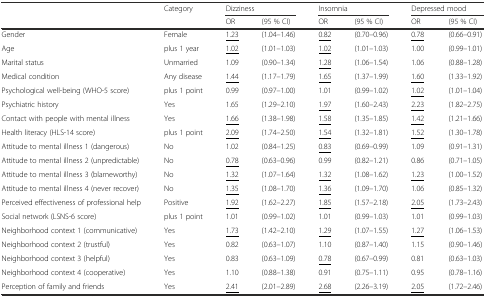
<table><thead><tr><td></td><td><b>Category</b></td><td colspan="2"><b>Dizziness</b></td><td colspan="2"><b>Insomnia</b></td><td colspan="2"><b>Depressed mood</b></td></tr><tr><td></td><td></td><td><b>OR</b></td><td><b>(95 % CI)</b></td><td><b>OR</b></td><td><b>(95 % CI)</b></td><td><b>OR</b></td><td><b>(95 % CI)</b></td></tr></thead><tbody><tr><td>Gender</td><td>Female</td><td><underline>1.23</underline></td><td>(1.04–1.46)</td><td><underline>0.82</underline></td><td>(0.70–0.96)</td><td><underline>0.78</underline></td><td>(0.66–0.91)</td></tr><tr><td>Age</td><td>plus 1 year</td><td><underline>1.02</underline></td><td>(1.01–1.03)</td><td><underline>1.02</underline></td><td>(1.01–1.03)</td><td>1.00</td><td>(0.99–1.01)</td></tr><tr><td>Marital status</td><td>Unmarried</td><td>1.09</td><td>(0.90–1.34)</td><td><underline>1.28</underline></td><td>(1.06–1.54)</td><td>1.06</td><td>(0.88–1.28)</td></tr><tr><td>Medical condition</td><td>Any disease</td><td><underline>1.44</underline></td><td>(1.17–1.79)</td><td><underline>1.65</underline></td><td>(1.37–1.99)</td><td><underline>1.60</underline></td><td>(1.33–1.92)</td></tr><tr><td>Psychological well-being (WHO-5 score)</td><td>plus 1 point</td><td>0.99</td><td>(0.97–1.00)</td><td>1.01</td><td>(0.99–1.02)</td><td><underline>1.02</underline></td><td>(1.01–1.04)</td></tr><tr><td>Psychiatric history</td><td>Yes</td><td>1.65</td><td>(1.29–2.10)</td><td><underline>1.97</underline></td><td>(1.60–2.43)</td><td><underline>2.23</underline></td><td>(1.82–2.75)</td></tr><tr><td>Contact with people with mental illness</td><td>Yes</td><td><underline>1.66</underline></td><td>(1.38–1.98)</td><td><underline>1.58</underline></td><td>(1.35–1.85)</td><td><underline>1.42</underline></td><td>(1.21–1.66)</td></tr><tr><td>Health literacy (HLS-14 score)</td><td>plus 1 point</td><td><underline>2.09</underline></td><td>(1.74–2.50)</td><td><underline>1.54</underline></td><td>(1.32–1.81)</td><td><underline>1.52</underline></td><td>(1.30–1.78)</td></tr><tr><td>Attitude to mental illness 1 (dangerous)</td><td>No</td><td>1.02</td><td>(0.84–1.25)</td><td><underline>0.83</underline></td><td>(0.69–0.99)</td><td>1.09</td><td>(0.91–1.31)</td></tr><tr><td>Attitude to mental illness 2 (unpredictable)</td><td>No</td><td><underline>0.78</underline></td><td>(0.63–0.96)</td><td>0.99</td><td>(0.82–1.21)</td><td>0.86</td><td>(0.71–1.05)</td></tr><tr><td>Attitude to mental illness 3 (blameworthy)</td><td>No</td><td><underline>1.32</underline></td><td>(1.07–1.64)</td><td><underline>1.32</underline></td><td>(1.08–1.62)</td><td><underline>1.23</underline></td><td>(1.00–1.52)</td></tr><tr><td>Attitude to mental illness 4 (never recover)</td><td>No</td><td><underline>1.35</underline></td><td>(1.08–1.70)</td><td><underline>1.36</underline></td><td>(1.09–1.70)</td><td>1.06</td><td>(0.85–1.32)</td></tr><tr><td>Perceived effectiveness of professional help</td><td>Positive</td><td><underline>1.92</underline></td><td>(1.62–2.27)</td><td><underline>1.85</underline></td><td>(1.57–2.18)</td><td><underline>2.05</underline></td><td>(1.73–2.43)</td></tr><tr><td>Social network (LSNS-6 score)</td><td>plus 1 point</td><td>1.01</td><td>(0.99–1.02)</td><td>1.01</td><td>(0.99–1.03)</td><td>1.01</td><td>(0.99–1.03)</td></tr><tr><td>Neighborhood context 1 (communicative)</td><td>Yes</td><td><underline>1.73</underline></td><td>(1.42–2.10)</td><td><underline>1.29</underline></td><td>(1.07–1.55)</td><td><underline>1.27</underline></td><td>(1.06–1.53)</td></tr><tr><td>Neighborhood context 2 (trustful)</td><td>Yes</td><td>0.82</td><td>(0.63–1.07)</td><td>1.10</td><td>(0.87–1.40)</td><td>1.15</td><td>(0.90–1.46)</td></tr><tr><td>Neighborhood context 3 (helpful)</td><td>Yes</td><td>0.83</td><td>(0.63–1.09)</td><td><underline>0.78</underline></td><td>(0.67–0.99)</td><td>0.81</td><td>(0.63–1.03)</td></tr><tr><td>Neighborhood context 4 (cooperative)</td><td>Yes</td><td>1.10</td><td>(0.88–1.38)</td><td>0.91</td><td>(0.75–1.11)</td><td>0.95</td><td>(0.78–1.16)</td></tr><tr><td>Perception of family and friends</td><td>Yes</td><td><underline>2.41</underline></td><td>(2.01–2.89)</td><td><underline>2.68</underline></td><td>(2.26–3.19)</td><td><underline>2.05</underline></td><td>(1.72–2.46)</td></tr></tbody></table>